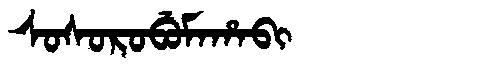
Manchu: ᠰᠣᠰᠣᡵᠣᠪᡠᠮᠠᡥᠠᠪᡳ
Romanization: SOSOROBUMAHABI